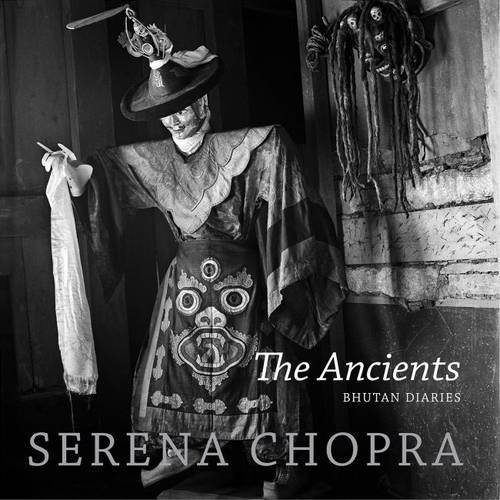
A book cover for The Ancients: Bhutan Diaries; Serena Chopra; Travel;